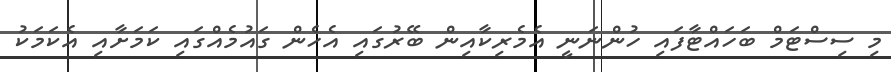
މި ސިސްޓަމް ބަހައްޓާފައި ހުންނަނީ އެމެރިކާއިން ބޭރުގައި އެހެން ގައުމެއްގައި ކަމަށާއި އެކަމަކު